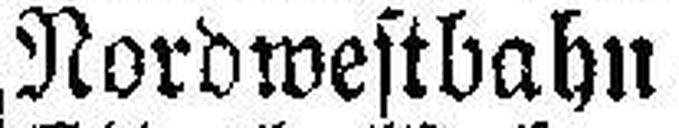
Nordwestbahn